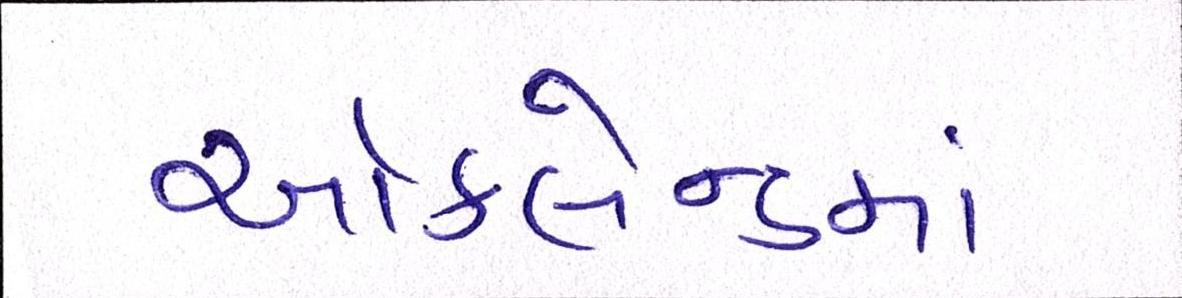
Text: ઑકલેન્ડમાં